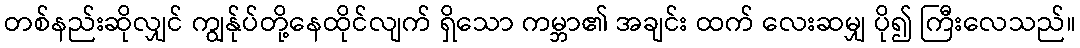
တစ်နည်းဆိုလျှင် ကျွန်ုပ်တို့နေထိုင်လျက် ရှိသော ကမ္ဘာ၏ အချင်း ထက် လေးဆမျှ ပို၍ ကြီးလေသည်။